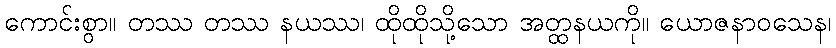
ကောင်းစွာ။ တဿ တဿ နယဿ၊ ထိုထိုသို့သော အတ္ထနယကို။ ယောဇနာဝသေန၊